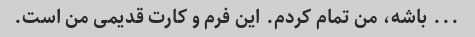
... باشه، من تمام کردم. این فرم و کارت قدیمی من است.